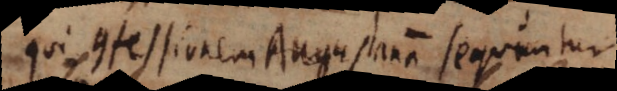
qui confessionem Augustanam sequuntur,